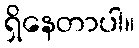
ရှိနေတာပါ။